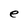
Character: e